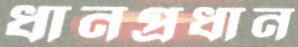
ধানপ্রধান